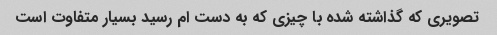
تصویری که گذاشته شده با چیزی که به دست ام رسید بسیار متفاوت است